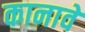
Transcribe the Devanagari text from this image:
कानावे